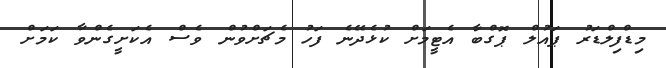
މިޑްފިލްޑަރު ޕައުލް ޕޮގްބާ އެޓީމަށް ކުޅެދޭނެ ފަހު މެޗަށްވުން ވެސް އެކަށީގެންވާ ކަމަށް